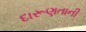
દારૂણતાની